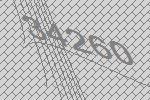
34260